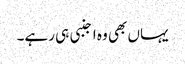
یہاں بھی وہ اجنبی ہی رہے۔